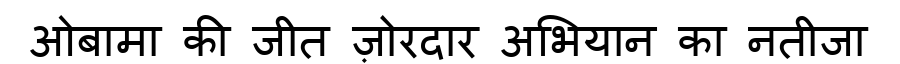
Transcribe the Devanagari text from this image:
ओबामा की जीत ज़ोरदार अभियान का नतीजा